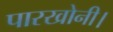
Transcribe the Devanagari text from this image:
पारखोनी।